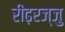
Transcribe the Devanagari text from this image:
रीढ़रज्जु